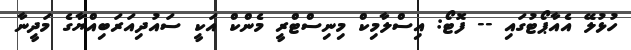
ހުޅުލޭ އެއާޕޯޓުގައި -- ފޮޓޯ: އިސްލާމިކް މިނިސްޓްރީ މެންކް އަކީ ސައުދިއަރަބިއްޔާގެ މަދީނާ